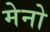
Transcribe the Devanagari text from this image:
मेनो